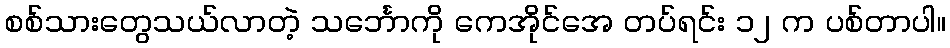
စစ်သားတွေသယ်လာတဲ့ သင်္ဘောကို ကေအိုင်အေ တပ်ရင်း ၁၂ က ပစ်တာပါ။